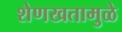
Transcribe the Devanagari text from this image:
शेणखतामुळे